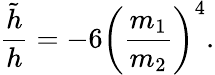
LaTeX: \frac{\tilde{h}}{h}=-6\left(\frac{m_{1}}{m_{2}}\right)^{4}.